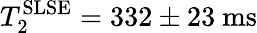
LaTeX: T_{\mathrm{2}}^{\mathrm{SLSE}}=332\pm 23~\mathrm{ms}